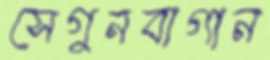
সেগুনবাগান